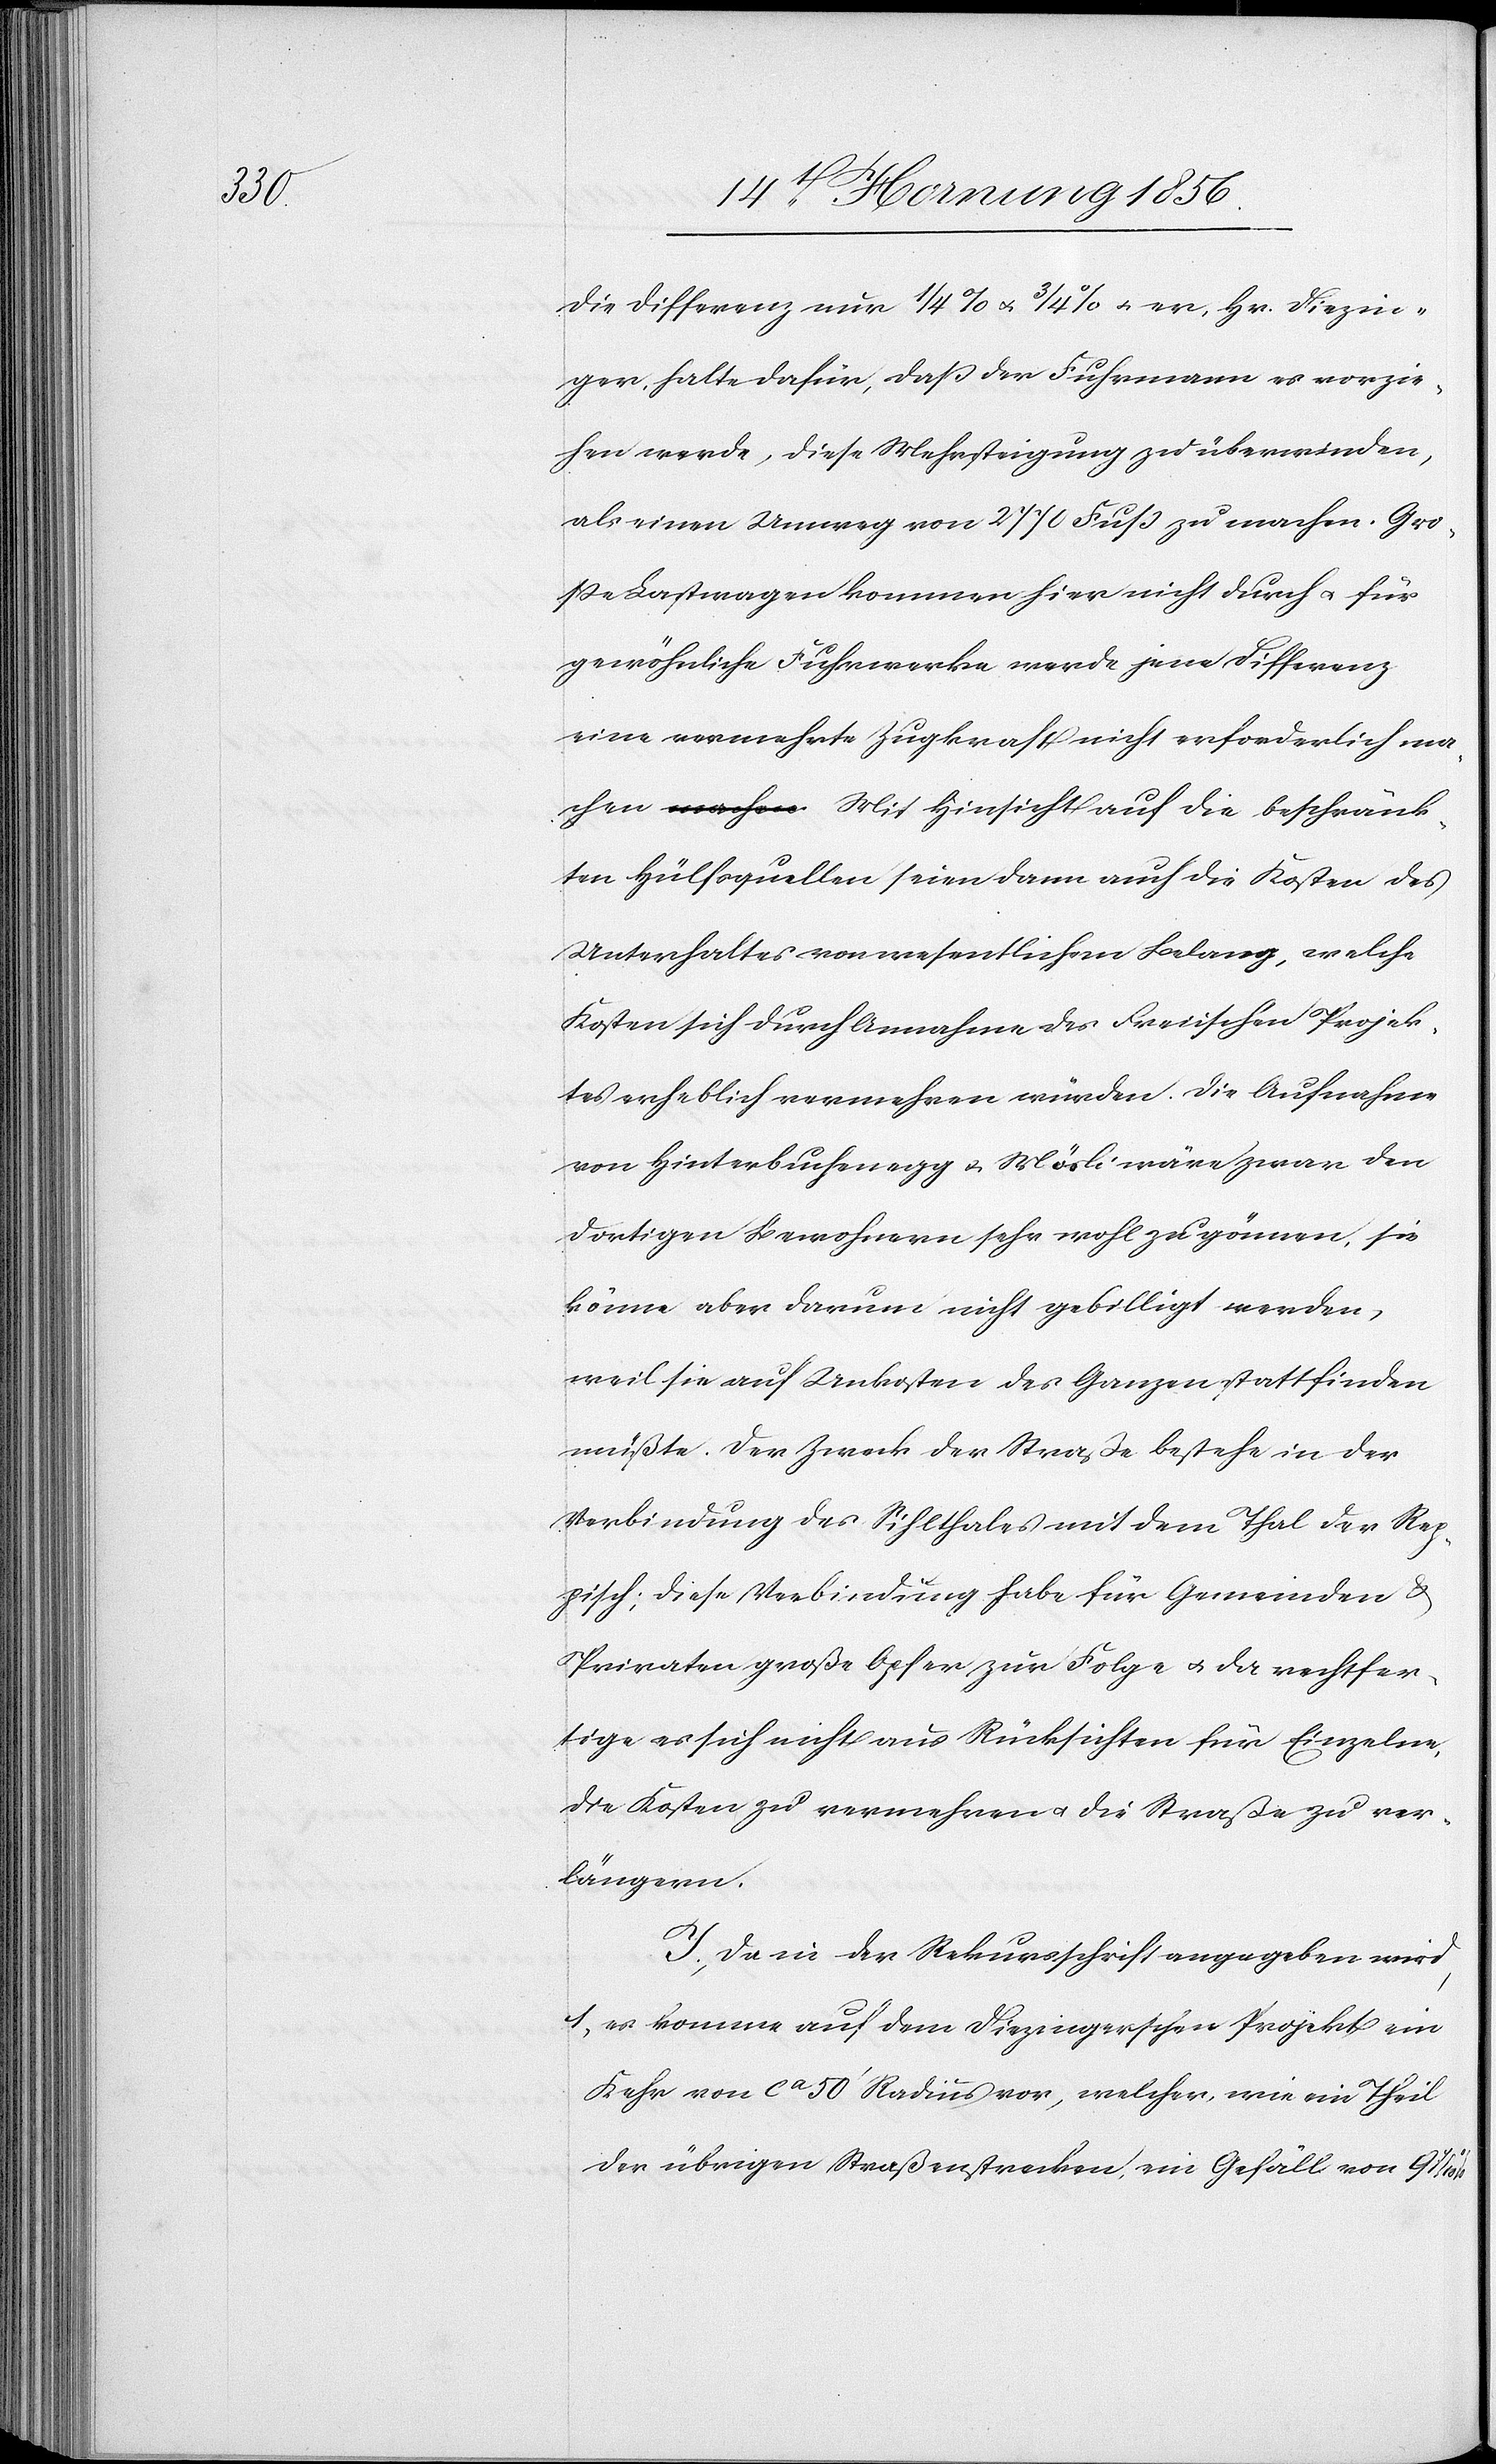
die Differenz nur ¼ % u. ¾ % u. er, Hr. Diezin¬
ger, halte dafür, daß der Fuhrmann es vorzie¬
hen werde, diese Mehrsteigung zu überwinden,
als einen Umweg von 2770 Fuß zu machen. Gro¬
ße Lastwagen kommen hier nicht durch u. für
gewöhnliche Fuhrwerke werde jene Differenz
eine vermehrte Zugkraft nicht erforderlich ma¬
chen. Mit Hinsicht auf die beschränk¬
ten Hülfsquellen seien dann auch die Kosten des
Unterhaltes von wesentlichem Belang, welche
Kosten sich durch Annahme des Freiischen Projek¬
tes erheblich vermehren würden. Die Aufnahme
von Hinterbuchenegg & Mösli wäre zwar den
dortigen Bewohnern sehr wohl zu gönnen, sie
könne aber darum nicht gebilligt werden,
weil sie auf Unkosten des Ganzen stattfinden
müßte. Der Zweck der Straße bestehe in der
Verbindung des Sihlthales mit dem Thal der Rep¬
pisch; diese Verbindung habe für Gemeinden &
Privaten große Opfer zur Folge u. da rechtfer¬
tige es sich nicht aus Rücksichten für Einzelne,
die Kosten zu vermehren u. die Straße zu ver¬
längern.
I., Da in der Rekursschrift angegeben wird,
1., es komme auf dem Diezingerschen Projekt ein
Kehr von ca 50’ Radius vor, welcher wie ein Theil
der übrigen Straßenstrecken, ein Gefäll von 9